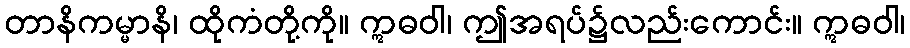
တာနိကမ္မာနိ၊ ထိုကံတို့ကို။ ဣဓဝါ၊ ဤအရပ်၌လည်းကောင်း။ ဣဓဝါ၊